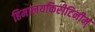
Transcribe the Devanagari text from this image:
हिमालयकिरीटिनीम्